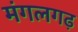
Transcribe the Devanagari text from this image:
मंगलगढ़